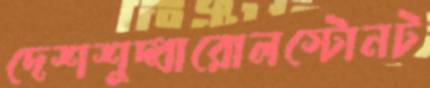
দেশশুদ্ধারোলস্টোনট